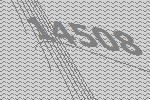
14508